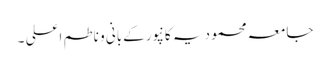
جامعہ محمودیہ کانپورکےبانی و ناطم اعلی ۔